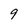
Character: 9